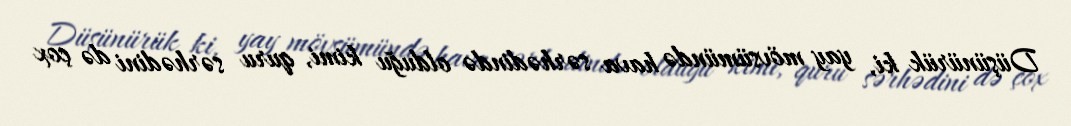
Düşünürük ki, yay mövsümündə hava sərhədində olduğu kimi, quru sərhədini də çox